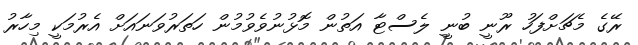
ރޭގެ މެޗަށްފަހު ރޫނީ ބުނީ ލެސްޓާ އަތުން މޮޅުނުވެވުމުން ހަތަރުވަނައަށް އެރުމަކީ މިހާރު